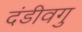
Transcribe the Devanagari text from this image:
दंडीवगु